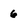
Character: 6